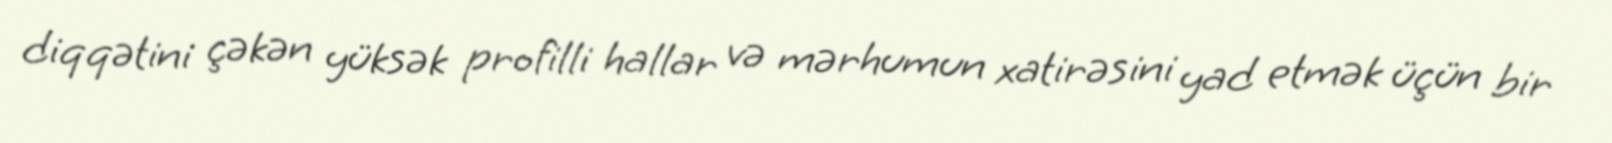
diqqətini çəkən yüksək profilli hallar və mərhumun xatirəsini yad etmək üçün bir